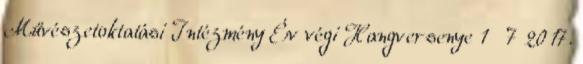
Művészetoktatási Intézmény Év végi Hangversenye 1 7 2017.